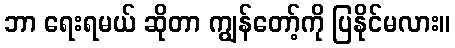
ဘာ ရေးရမယ် ဆိုတာ ကျွန်တော့်ကို ပြနိုင်မလား။